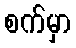
စက်မှာ